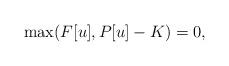
LaTeX: \begin{align*} \max(F[u],P[u]-K)=0,\end{align*}